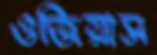
ওজিয়াস